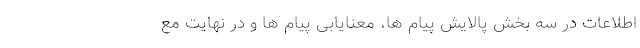
اطلاعات در سه بخشِ پالایش پیام ها، معنایابی پیام ها و در نهایت مع